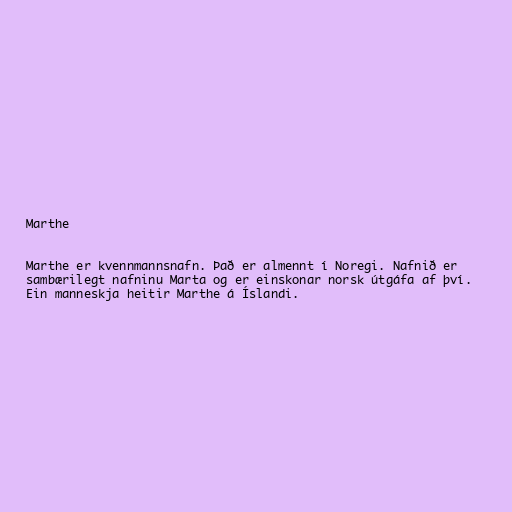
Marthe

Marthe er kvennmannsnafn. Það er almennt í Noregi. Nafnið er
sambærilegt nafninu Marta og er einskonar norsk útgáfa af því.
Ein manneskja heitir Marthe á Íslandi.